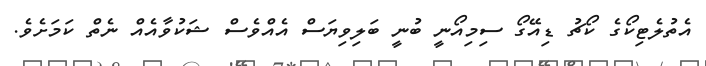
އެތުލެޓިކޯގެ ކޯޗު ޑިއޭގޯ ސިމިއޯނީ ބުނީ ބަލިވިޔަސް އެއްވެސް ޝަކުވާއެއް ނެތް ކަމަށެވެ.